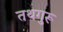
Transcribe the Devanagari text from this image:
तथगुरू